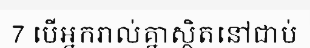
7 បើអ្នករាល់គ្នាស្ថិតនៅជាប់